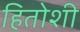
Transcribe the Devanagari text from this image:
हितोशी